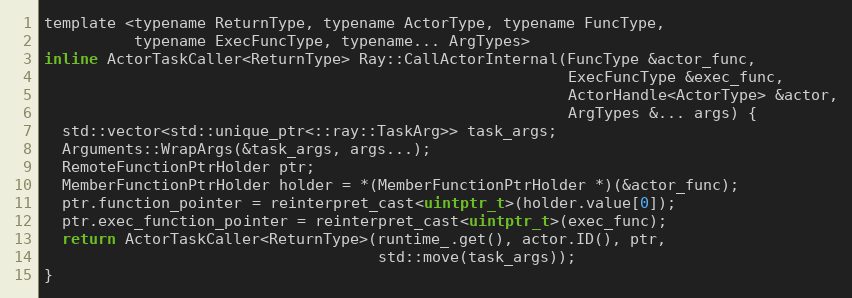
Language: C
template <typename ReturnType, typename ActorType, typename FuncType,
          typename ExecFuncType, typename... ArgTypes>
inline ActorTaskCaller<ReturnType> Ray::CallActorInternal(FuncType &actor_func,
                                                          ExecFuncType &exec_func,
                                                          ActorHandle<ActorType> &actor,
                                                          ArgTypes &... args) {
  std::vector<std::unique_ptr<::ray::TaskArg>> task_args;
  Arguments::WrapArgs(&task_args, args...);
  RemoteFunctionPtrHolder ptr;
  MemberFunctionPtrHolder holder = *(MemberFunctionPtrHolder *)(&actor_func);
  ptr.function_pointer = reinterpret_cast<uintptr_t>(holder.value[0]);
  ptr.exec_function_pointer = reinterpret_cast<uintptr_t>(exec_func);
  return ActorTaskCaller<ReturnType>(runtime_.get(), actor.ID(), ptr,
                                     std::move(task_args));
}